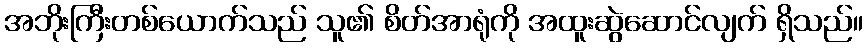
အဘိုးကြီးတစ်ယောက်သည် သူ၏ စိတ်အာရုံကို အထူးဆွဲဆောင်လျက် ရှိသည်။